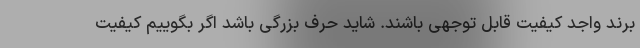
برند واجد کیفیت قابل توجهی باشند. شاید حرف بزرگی باشد اگر بگوییم کیفیت